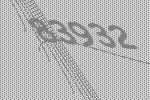
83932